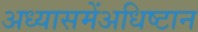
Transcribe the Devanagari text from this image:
अध्यासमेंअधिष्टान